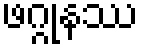
ဖဂ္ဂုနဿ